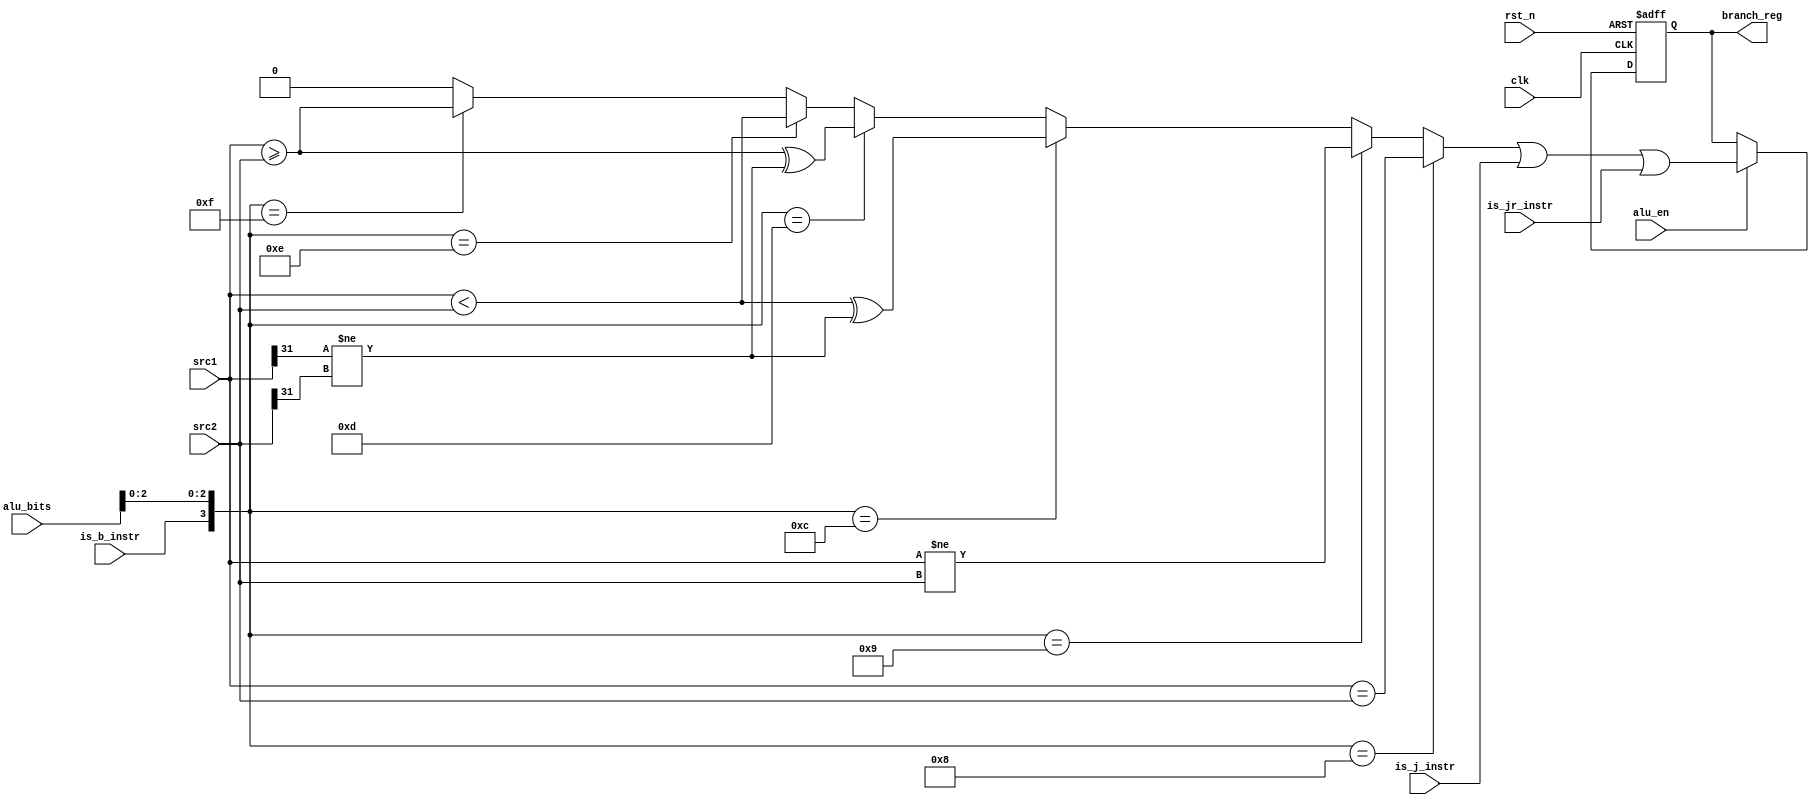
module branch_cond(
input clk,
input rst_n,
input is_b_instr,
input is_j_instr,
input is_jr_instr,
input alu_en,
input [31:0] src1,
input [31:0] src2,
input [3:0] alu_bits,
output reg branch_reg
);


wire [3:0] cond = {is_b_instr, alu_bits[2:0]};
wire branch_taken, branch_taken1;
assign branch_taken1 = 	(cond == 4'b1000) ? (src1 == src2) :
			(cond == 4'b1001) ? (src1 != src2) :
			(cond == 4'b1100) ? ((src1 < src2)^ (src1[31] != src2[31])) :
			(cond == 4'b1101) ? ((src1 >= src2)^ (src1[31] != src2[31])) :
			(cond == 4'b1110) ? (src1 < src2) :
			(cond == 4'b1111) ? (src1 >= src2) :
			(cond[3] == 1'b0) ? 32'b0 :
						32'b0;
assign branch_taken = branch_taken1 || is_j_instr || is_jr_instr;

always @(posedge clk or negedge rst_n)
begin
	if(!rst_n)	branch_reg = 1'b0;
	else		branch_reg = alu_en ? branch_taken : branch_reg;
end

endmodule